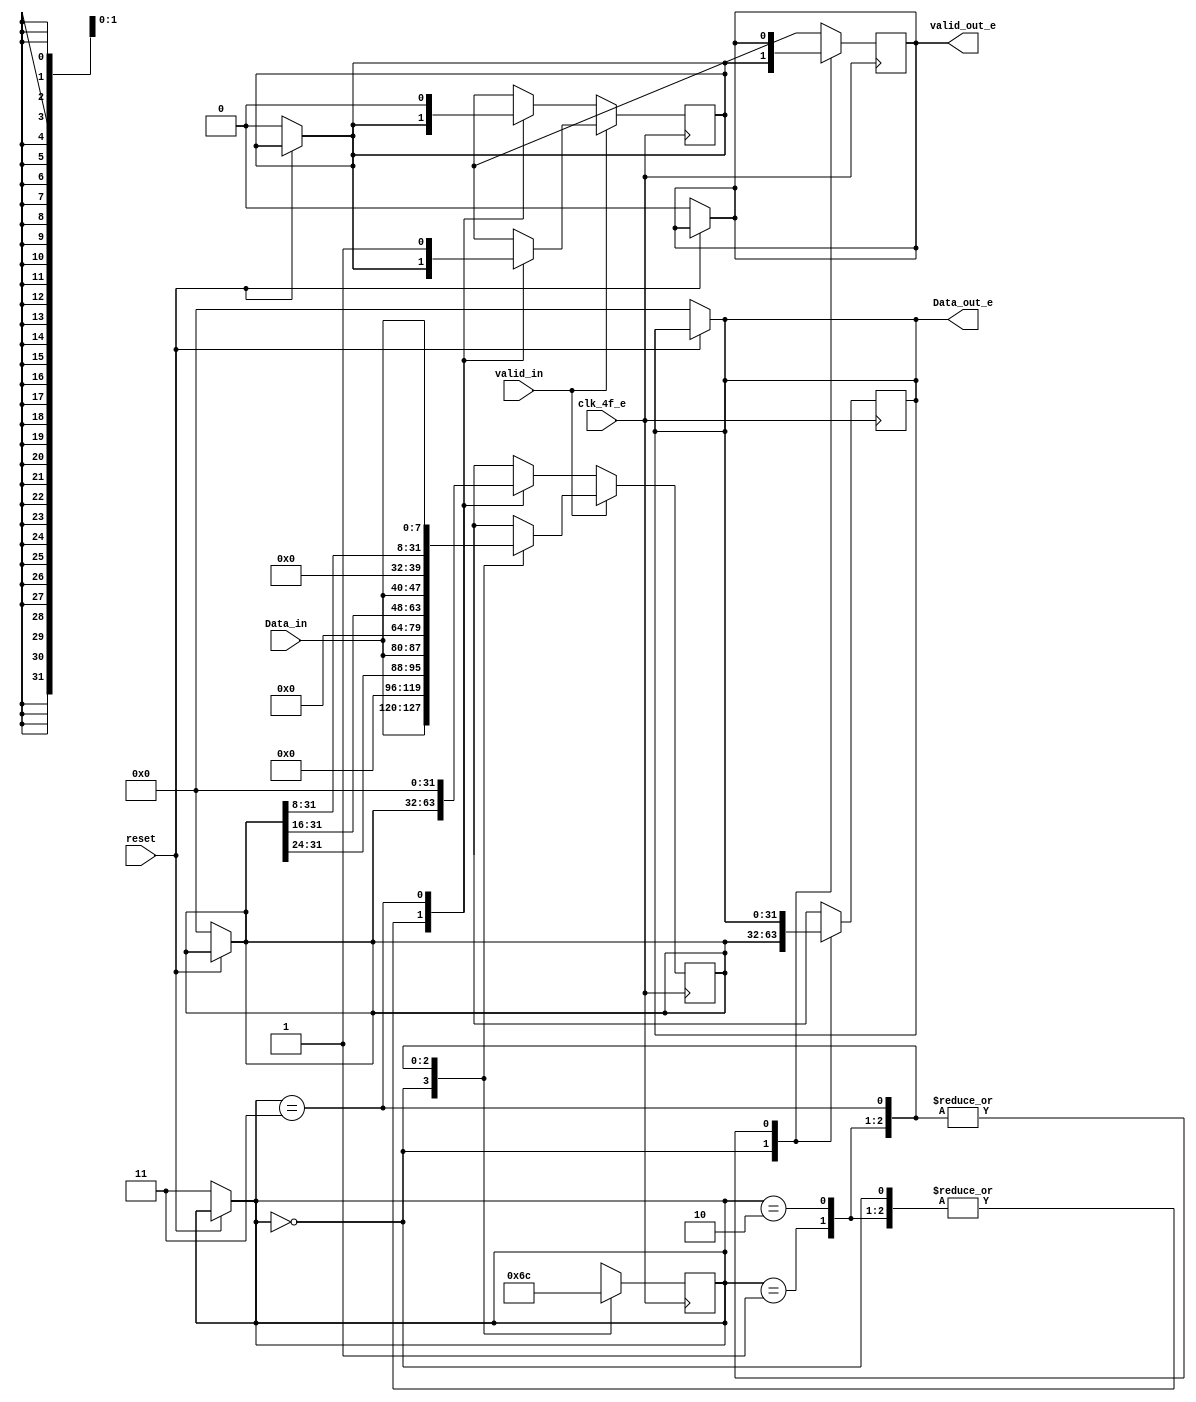
/* Generated by Yosys 0.9 (git sha1 1979e0b) */

(* top =  1  *)
(* src = "bits8_32word_e.v:1" *)
module bits8_32word_e(clk_4f_e, reset, valid_in, Data_in, valid_out_e, Data_out_e);
  (* src = "bits8_32word_e.v:13" *)
  reg [31:0] _00_;
  (* src = "bits8_32word_e.v:13" *)
  reg [1:0] _01_;
  (* src = "bits8_32word_e.v:13" *)
  reg [31:0] _02_;
  (* src = "bits8_32word_e.v:13" *)
  reg _03_;
  (* src = "bits8_32word_e.v:13" *)
  reg _04_;
  (* src = "bits8_32word_e.v:23" *)
  reg [31:0] _05_;
  (* src = "bits8_32word_e.v:23" *)
  reg [1:0] _06_;
  (* src = "bits8_32word_e.v:23" *)
  reg [31:0] _07_;
  (* src = "bits8_32word_e.v:23" *)
  reg _08_;
  (* src = "bits8_32word_e.v:23" *)
  reg _09_;
  (* src = "bits8_32word_e.v:14" *)
  wire _10_;
  (* src = "bits8_32word_e.v:5" *)
  input [7:0] Data_in;
  (* src = "bits8_32word_e.v:7" *)
  output [31:0] Data_out_e;
  reg [31:0] Data_out_e;
  (* src = "bits8_32word_e.v:2" *)
  input clk_4f_e;
  (* src = "bits8_32word_e.v:9" *)
  reg [1:0] contador;
  (* src = "bits8_32word_e.v:10" *)
  reg [31:0] memoria;
  (* src = "bits8_32word_e.v:3" *)
  input reset;
  (* src = "bits8_32word_e.v:11" *)
  reg valid;
  (* src = "bits8_32word_e.v:4" *)
  input valid_in;
  (* src = "bits8_32word_e.v:6" *)
  output valid_out_e;
  reg valid_out_e;
  assign _10_ = ~(* src = "bits8_32word_e.v:14" *) reset;
  always @* begin
    _01_ = contador;
    _02_ = memoria;
    _03_ = valid;
    _04_ = valid_out_e;
    _00_ = Data_out_e;
    (* src = "bits8_32word_e.v:14" *)
    casez (_10_)
      /* src = "bits8_32word_e.v:14" */
      1'h1:
        begin
          _04_ = 1'h0;
          _00_ = 32'd0;
          _01_ = 2'h3;
          _02_ = 32'd0;
          _03_ = 1'h0;
        end
      default:
          /* empty */;
    endcase
  end
  always @* begin
      contador <= _01_;
      memoria <= _02_;
      valid <= _03_;
      valid_out_e <= _04_;
      Data_out_e <= _00_;
  end
  always @* begin
    _06_ = contador;
    _07_ = memoria;
    _08_ = valid;
    _09_ = valid_out_e;
    _05_ = Data_out_e;
    (* src = "bits8_32word_e.v:24" *)
    casez (valid_in)
      /* src = "bits8_32word_e.v:24" */
      1'h1:
          (* src = "bits8_32word_e.v:25" *)
          casez (contador)
            /* src = "bits8_32word_e.v:26" */
            2'h0:
              begin
                _09_ = valid;
                _05_ = memoria;
                _07_ = { Data_in, 24'h000000 };
                _06_ = 2'h1;
              end
            /* src = "bits8_32word_e.v:33" */
            2'h1:
              begin
                _07_ = { memoria[31:24], Data_in, 16'h0000 };
                _06_ = 2'h2;
              end
            /* src = "bits8_32word_e.v:38" */
            2'h2:
              begin
                _07_ = { memoria[31:16], Data_in, 8'h00 };
                _06_ = 2'h3;
              end
            /* src = "bits8_32word_e.v:43" */
            2'h3:
              begin
                _07_ = { memoria[31:8], Data_in };
                _08_ = 1'h1;
                _06_ = 2'h0;
              end
            default:
                /* empty */;
          endcase
      /* src = "bits8_32word_e.v:51" */
      default:
          (* src = "bits8_32word_e.v:52" *)
          casez (contador)
            /* src = "bits8_32word_e.v:53" */
            2'h0:
              begin
                _09_ = valid;
                _05_ = memoria;
                _06_ = 2'h1;
              end
            /* src = "bits8_32word_e.v:59" */
            2'h1:
                _06_ = 2'h2;
            /* src = "bits8_32word_e.v:60" */
            2'h2:
                _06_ = 2'h3;
            /* src = "bits8_32word_e.v:61" */
            2'h3:
              begin
                _07_ = 32'd0;
                _08_ = 1'h0;
                _06_ = 2'h0;
              end
            default:
                /* empty */;
          endcase
    endcase
  end
  always @(posedge clk_4f_e) begin
      contador <= _06_;
      memoria <= _07_;
      valid <= _08_;
      valid_out_e <= _09_;
      Data_out_e <= _05_;
  end
endmodule